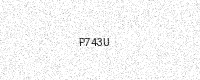
Text: P743U